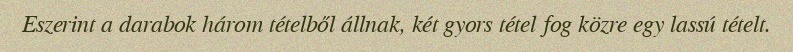
Eszerint a darabok három tételből állnak, két gyors tétel fog közre egy lassú tételt.